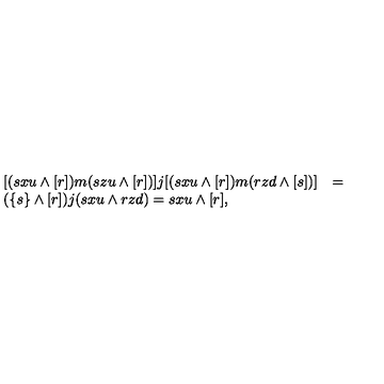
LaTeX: \begin{array} { l l l } { [ ( s x u \wedge [ r ] ) m ( s z u \wedge [ r ] ) ] j [ ( s x u \wedge [ r ] ) m ( r z d \wedge [ s ] ) ] } & { = } & { } \\ { ( \{ s \} \wedge [ r ] ) j ( s x u \wedge r z d ) = s x u \wedge [ r ] , } & { } & { } \\ \end{array}